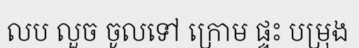
លប លួច ចូលទៅ ក្រោម ផ្ទះ បម្រុង